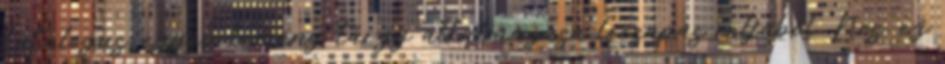
katalógus, egyéb kemény tárgy alkalmazása lecsapás céljából. Nos, ez